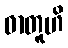
ဓာတူဟိ